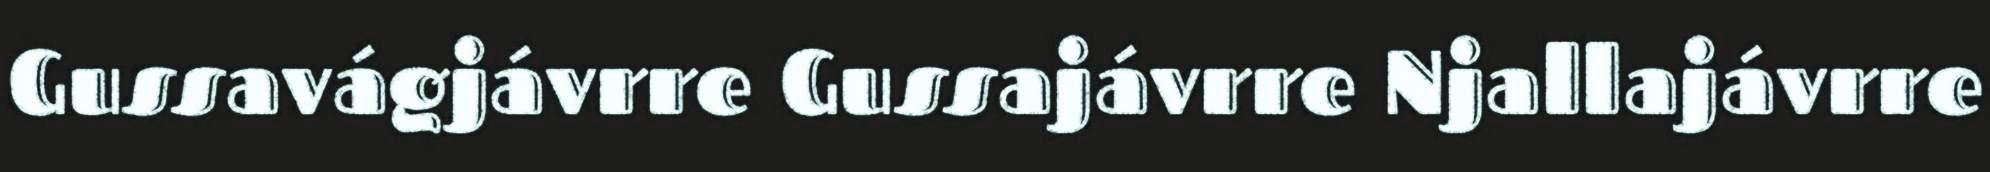
Gussavágjávrre Gussajávrre Njallajávrre